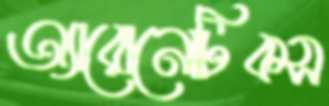
অ্যারোনোটিকস